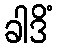
ခါဒိံ